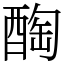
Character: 醄